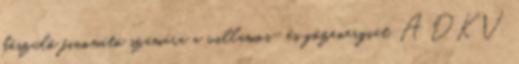
készülő finomító számára a villamos- és gőzenergiát. A DKV